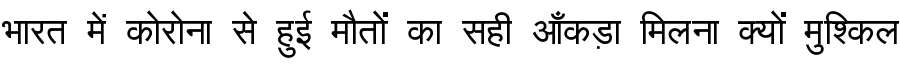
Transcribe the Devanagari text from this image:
भारत में कोरोना से हुई मौतों का सही आँकड़ा मिलना क्यों मुश्किल